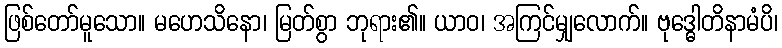
ဖြစ်တော်မူသော။ မဟေသိနော၊ မြတ်စွာ ဘုရား၏။ ယာဝ၊ အကြင်မျှလောက်။ ဗုဒ္ဓေါတိနာမံပိ၊